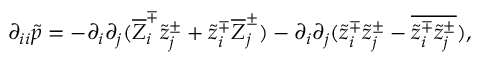
\partial _ { i i } \tilde { p } = - \partial _ { i } \partial _ { j } ( \overline { { Z } } _ { i } ^ { \mp } \tilde { z } _ { j } ^ { \pm } + \tilde { z } _ { i } ^ { \mp } \overline { { Z } } _ { j } ^ { \pm } ) - \partial _ { i } \partial _ { j } ( \tilde { z } _ { i } ^ { \mp } \tilde { z } _ { j } ^ { \pm } - \overline { { \tilde { z } _ { i } ^ { \mp } \tilde { z } _ { j } ^ { \pm } } } ) ,